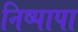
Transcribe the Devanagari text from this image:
निष्पापा